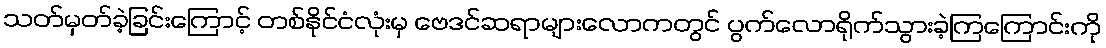
သတ်မှတ်ခဲ့ခြင်းကြောင့် တစ်နိုင်ငံလုံးမှ ဗေဒင်ဆရာများလောကတွင် ပွက်လောရိုက်သွားခဲ့ကြကြောင်းကို